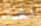
الحذاء